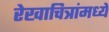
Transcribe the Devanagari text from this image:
रेखाचित्रांमध्ये